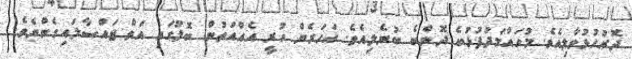
ދޮރުހުޅުވާލިއެވެ. މުހައްމަދުފުޅުބެ ދޮންބެ ބުނެލިއެވެ. އަހަރެން ހުރީ އެއްއަތުން ބޮލުގައި އަތް ޖައްސާލައިގެންނެވެ.